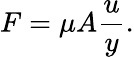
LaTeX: F=\mu A{\frac{u}{y}}.